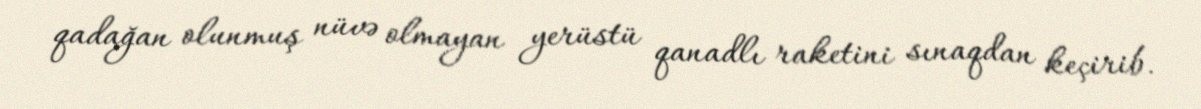
qadağan olunmuş nüvə olmayan yerüstü qanadlı raketini sınaqdan keçirib.